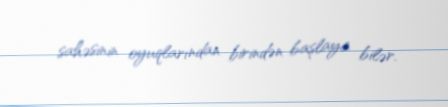
sahəsinin oyuqlarından birindən başlaya bilər.